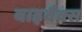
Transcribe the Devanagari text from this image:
वाइवैक्स